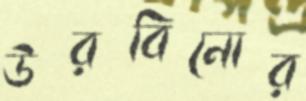
উরবিনোর